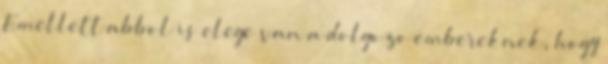
Emellett abbol is elege van a dolgozo embereknek, hogy